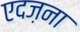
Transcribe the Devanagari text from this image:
एदज़ना